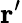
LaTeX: {\textbf{r}}^{\prime}